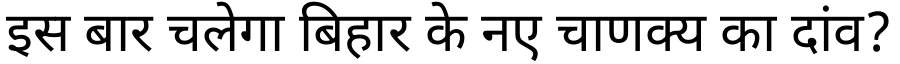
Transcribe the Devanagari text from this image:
इस बार चलेगा बिहार के नए चाणक्य का दांव?